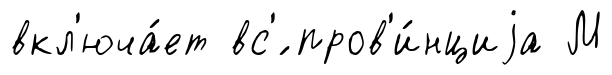
вкл'юча́ет вс'́ пров'и́нциjа М